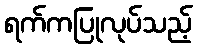
ရက်ကပြုလုပ်သည့်